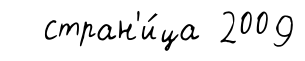
стран'и́ца 2009